Vital statistics of India. Vol. V, Reports of 1876 on armies & jails and on epidemic cholera
Year: 1876
Disease focus: Cholera
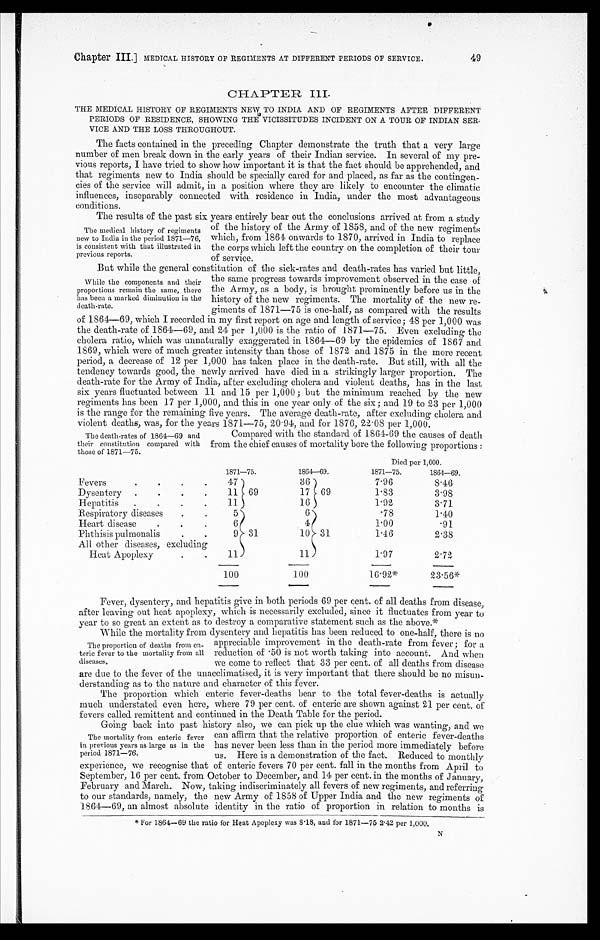
Chapter III.] MEDICAL HISTORY OF REGIMENTS AT DIFFERENT PERIODS OF SERVICE. 49
CHAPTER III.
THE MEDICAL HISTORY OF REGIMENTS NEW TO INDIA AND OF REGIMENTS AFTER DIFFERENT
PERIODS OF RESIDENCE, SHOWING THE VICISSITUDES INCIDENT ON A TOUR OF INDIAN SER
-VICE AND THE LOSS THROUGHOUT.
The facts contained in the preceding Chapter demonstrate the truth that a very large
number of men break down in the early years of their Indian service. In several of my pre
- v i o u s r e p o r t s , I h a v e t r i e d t o s h o w h o w i m p o r t a n t i t i s t h a t t h e f a c t s h o u l d b e a p p r e h e n d e d , a n d
that regiments new to India should be specially cared for and placed, as far as the contingen
- c i e s o f t h e s e r v i c e w i l l a d m i t , i n a p o s i t i o n w h e r e t h e y a r e l i k e l y t o e n c o u n t e r t h e c l i m a t i c
influences, inseparably connected with residence in India, under the most advantageous
c o n n d i o n s .
The results of the past six years entirely bear out the conclusions arrived at from a study
of the history of the Army of 1858, and of the new regiments
which, from 1864 onwards to 1870, arrived in India to replace
the corps which left the country on the completion of their tour
of service.
But while the general constitution of the sick-rates and death-rates has varied but little,
the same progress towards improvement observed in the case of
the Army, as a body, is brought prominently before us in the
history of the new regiments. The mortality of the new re-
giments of 1871—75 is one-half, as compared with the results
of 1864—69, which I recorded in my first report on age and length of service; 48 per 1,000 was
the death-rate of 1864—69, and 24 per 1,000 is the ratio of 1871—75. Even excluding the
cholera ratio, which was unnaturally exaggerated in 1864—69 by the epidemics of 1867 and
1869, which were of much greater intensity than those of 1872 and 1875 in the more recent
period, a decrease of 12 per 1,000 has taken place in the death-rate. But still, with all the
tendency towards good, the newly arrived have died in a strikingly larger proportion. The
death-rate for the Army of India, after excluding cholera and violent deaths, has in the last
six years fluctuated between 11 and 15 per 1,000; but the minimum reached by the new
regiments has been 17 per 1,000, and this in one year only of the six ; and 19 to 23 per 1,000
is the range for the remaining five years. The average death-rate, after excluding cholera and
vi ol e nt de a t hs , wa s f or t he ye a r s 1871—75, 20. 94, a nd f or 1876, 22. 08 pe r 1, 000.
The medical history of' regiments
new to India in the period 1871—76,
is consistent with that illustrated in
previous reports.
While the components and their
proportions remain the same, there
has been a marked diminution in the
The death-rates of 1864—69 and
their constitution compared with
those of 1871—75.
Compared with the standard of1864-60 the causes of death
from the chief causes of mortality bore the following proportions
Died per 1,000.
1871—75.
1864—69.
1871—75.
1 8 6 4 — 6 9 .
Fevers
47
69
36
69
7.96
8.46
Dysentery
1 1
17
1.83
3 . 9 8
H e p a t i t i s
5
16
1.92
3.71
Respiratory diseases
5
31
6
31
.78
1.40
Heart disease
6
4
1.00
.91
Phthisis pulmonalis
9
10
1.46
2.38
All other diseases, excluding
Heat Apoplexy
11
11
1.97
2.72
100
100
16.92*
23.56*
Fever, dysentery, and hepatitis give in both periods 69 per cent. of all deaths from disease,
after leaving out heat apoplexy, which is necessarily excluded, since it fluctuates from year to
year to so great an extent as to to destr oy a comnarative statement such as the above.*
While the mortality from dysentery and hepatitis has been reduced to one-half, there is no
appreciable improvement in the death-rate from fever; for a
reduction of .50 is not worth taking into account. And when.
we come to reflect that 33 per cent. of all deaths from disease
are due to the fever of the unacelimatised, it is very important that there should be no misun
- d e r s t a n d i n g a s t o t h e n a t u r e a n d c h a r a c t e r o f t h i s f e v e r .
The proportion which enteric fever-deaths bear to the total fever-deaths is actually
much understated even here, where 79 per cent. of enteric are shown against 21 per cent. of
fever called remittent and continued in the Death Table for
the period.
Going back into past history also, we can pick up the clue which was wanting, and we
can affirm that the relative proportion of enteric fever-deaths
has never been less than in the period more immediately before
us. Here is a demonstration of the fact. Reduced to monthly
experience, we recognise that of enteric fevers 70 per cent. fall in the months from April to
September, 16 per cent. from October to December, and 14 per cent. in the months of January,
February and March. Now, taking indiscriminately all fevers of new regiments, and referring
to our standards, namely, the new Army of 1858 of Upper India and the new regiments of
1864—69, an almost absolute identity in the ratio of proportion in relation to months is
* For 1864—69 the ratio for Heat Apoplexy was 8.18, and for 1871—75 2.42 per 1,000.
The proportion of deaths from en
- t e r i c f e v e r t o t h e m o r t a l i t y f r o m a l l
diseases,
The mortality from enteric fever
in previous years as large as in the
period 1871—76.